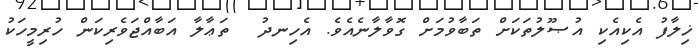
ޚިލާފު އެކިއެކި އުޞޫލުތަކަށް ތަބާވުމަށް ގޮވާލާނެއެވެ. އެހިނދު  ތަޢާލާ އަބާއްޖަވެރިކަން ހުރިމީހަކު